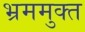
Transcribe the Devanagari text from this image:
भ्रममुक्त